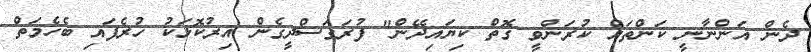
ދެން އަންނާނީ ކަންތައް ކުރަންވީ ގޮތް ކިޔައިދޭން" ފުރަގަސްދީގެން އިރުކޮޅަކު ހުރެފައި ބެހެމަތް